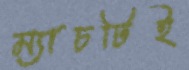
ম্যাচটিই